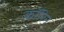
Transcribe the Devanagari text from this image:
कॉरिन